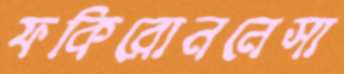
ফকিরোননেসা